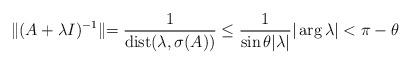
LaTeX: \begin{align*} \|(A+\lambda I)^{-1}\| {= \frac1{\operatorname{dist}(\lambda,\sigma(A))}} \leq \frac{1}{\sin \theta |\lambda|} |\arg \lambda| < \pi-\theta\end{align*}